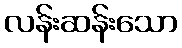
လန်းဆန်းသော